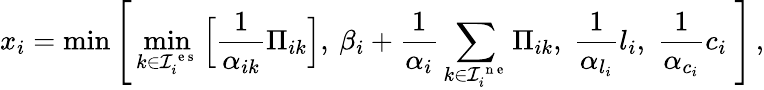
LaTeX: x_{i}=\operatorname*{min}\Bigg[\operatorname*{min}_{k\in\mathcal{I}_{i}^{\mathrm{~e~s~}}}\Big[\frac{1}{\alpha_{ik}}\Pi_{ik}\Big],\: \beta_{i}+\frac{1}{\alpha_{i}}\sum_{k\in\mathcal{I}_{i}^{\mathrm{~n~e~}}}\Pi_{ik},\; \frac{1}{\alpha_{l_{i}}}l_{i},\; \frac{1}{\alpha_{c_{i}}}c_{i}\; \Bigg]\, ,